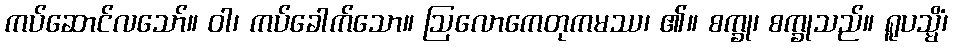
ကပ်ဆောင်လသော်။ ဝါ၊ ကပ်ခေါက်သော။ ဩလောကေတုကမဿ၊ ၏။ စက္ခု၊ စက္ခုသည်။ ရူပသ္မိံ၊